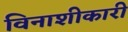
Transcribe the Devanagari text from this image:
विनाशीकारी